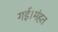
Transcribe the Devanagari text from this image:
गई।मंहत